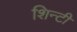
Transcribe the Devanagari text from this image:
शिन्टी